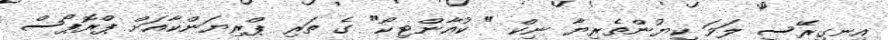
އިނގިރޭސި ލަވަ ކިޔުންތެރިޔާ ނިކް " ކުއާންޓިކޯ" ގެ ތަރި ޕްރިޔަންކާއަށް ޕްރޮޕޯސް